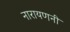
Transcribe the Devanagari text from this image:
नारायणनी